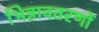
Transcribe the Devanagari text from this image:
भिन्नावतरणों